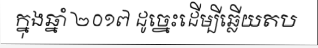
ក្នុងឆ្នាំ ២០១៧ ដូច្នេះដើម្បីឆ្លើយតប